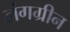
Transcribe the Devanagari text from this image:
लंगग्रीन